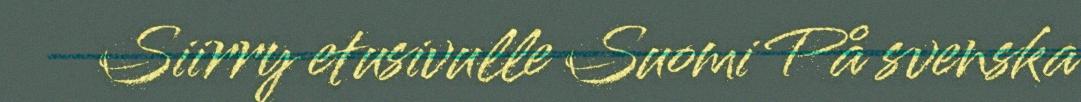
Siirry etusivulle Suomi På svenska